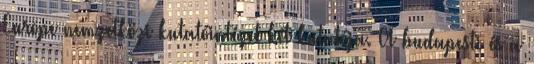
Europe nemzetközi kutatóintézet két kutatója. A budapesti és a